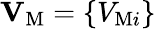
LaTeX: {\mathbf{V}}_{\mathrm{{M}}}=\{ {V_{\mathrm{{M}}i}}\}